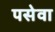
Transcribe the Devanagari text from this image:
पसेवा